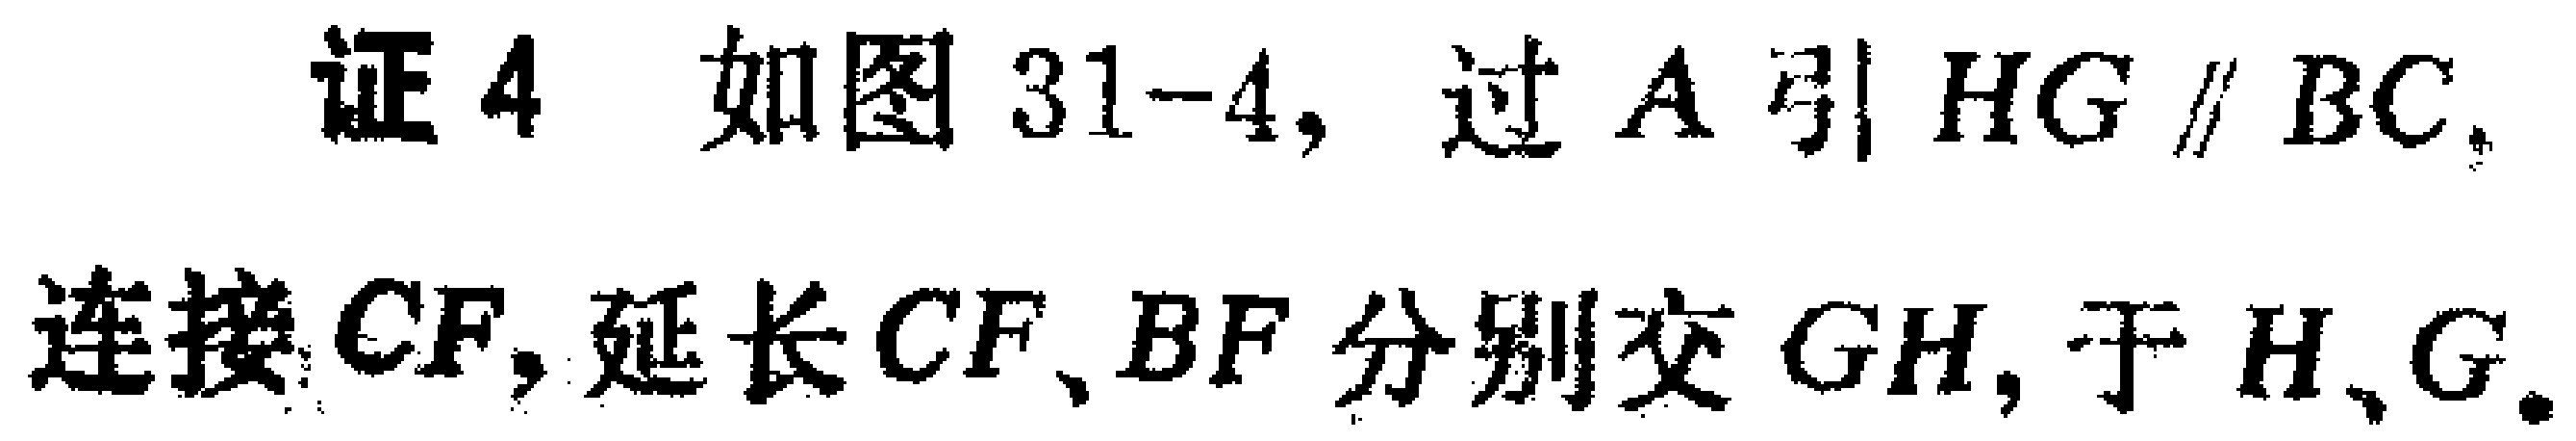
证4 如图31-4, 过$A$引$HG \parallel BC$, 连接$CF$, 延长$CF$、$BF$分别交$GH$, 于$H$、$G$.